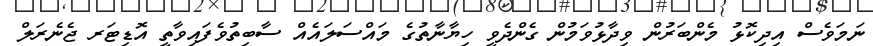
ނަމަވެސް އިދިކޮޅު މެންބަރުން ވިދާޅުވަމުން ގެންދެވީ ހިޔާނާތުގެ މައްސަލައެއް ސާބިތުވެފައިވާތީ އޮޑިޓަރ ޖެނެރަލް